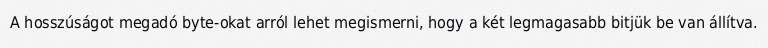
A hosszúságot megadó byte-okat arról lehet megismerni, hogy a két legmagasabb bitjük be van állítva.